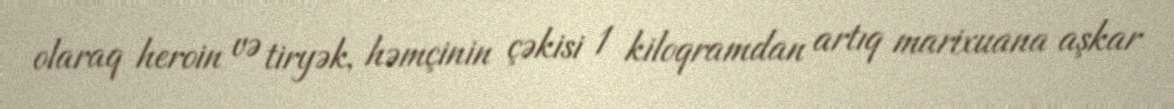
olaraq heroin və tiryək, həmçinin çəkisi 1 kiloqramdan artıq marixuana aşkar